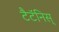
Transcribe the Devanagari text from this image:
टैटॅनिस्